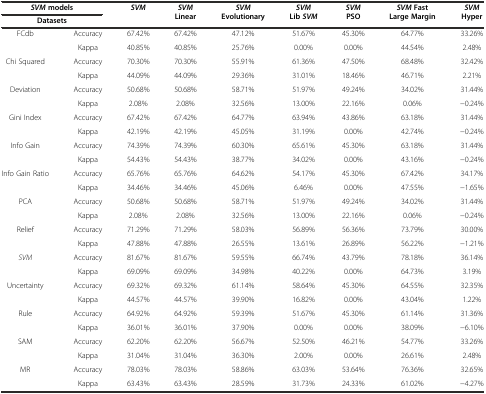
<table><thead><tr><td colspan="2"><b><i>SVM</i> models</b></td><td rowspan="2"><b><i>SVM</i></b></td><td rowspan="2"><b><i>SVM</i> Linear</b></td><td rowspan="2"><b><i>SVM</i> Evolutionary</b></td><td rowspan="2"><b><i>SVM</i> Lib <i>SVM</i></b></td><td rowspan="2"><b><i>SVM</i> PSO</b></td><td rowspan="2"><b><i>SVM</i> Fast Large Margin</b></td><td rowspan="2"><b><i>SVM</i> Hyper</b></td></tr><tr><td colspan="2"><b>Datasets</b></td></tr></thead><tbody><tr><td rowspan="2">FCdb</td><td>Accuracy</td><td>67.42%</td><td>67.42%</td><td>47.12%</td><td>51.67%</td><td>45.30%</td><td>64.77%</td><td>33.26%</td></tr><tr><td>Kappa</td><td>40.85%</td><td>40.85%</td><td>25.76%</td><td>0.00%</td><td>0.00%</td><td>44.54%</td><td>2.48%</td></tr><tr><td rowspan="2">Chi Squared</td><td>Accuracy</td><td>70.30%</td><td>70.30%</td><td>55.91%</td><td>61.36%</td><td>47.50%</td><td>68.48%</td><td>32.42%</td></tr><tr><td>Kappa</td><td>44.09%</td><td>44.09%</td><td>29.36%</td><td>31.01%</td><td>18.46%</td><td>46.71%</td><td>2.21%</td></tr><tr><td rowspan="2">Deviation</td><td>Accuracy</td><td>50.68%</td><td>50.68%</td><td>58.71%</td><td>51.97%</td><td>49.24%</td><td>34.02%</td><td>31.44%</td></tr><tr><td>Kappa</td><td>2.08%</td><td>2.08%</td><td>32.56%</td><td>13.00%</td><td>22.16%</td><td>0.06%</td><td>-0.24%</td></tr><tr><td rowspan="2">Gini Index</td><td>Accuracy</td><td>67.42%</td><td>67.42%</td><td>64.77%</td><td>63.94%</td><td>43.86%</td><td>63.18%</td><td>31.44%</td></tr><tr><td>Kappa</td><td>42.19%</td><td>42.19%</td><td>45.05%</td><td>31.19%</td><td>0.00%</td><td>42.74%</td><td>-0.24%</td></tr><tr><td rowspan="2">Info Gain</td><td>Accuracy</td><td>74.39%</td><td>74.39%</td><td>60.30%</td><td>65.61%</td><td>45.30%</td><td>63.18%</td><td>31.44%</td></tr><tr><td>Kappa</td><td>54.43%</td><td>54.43%</td><td>38.77%</td><td>34.02%</td><td>0.00%</td><td>43.16%</td><td>-0.24%</td></tr><tr><td rowspan="2">Info Gain Ratio</td><td>Accuracy</td><td>65.76%</td><td>65.76%</td><td>64.62%</td><td>54.17%</td><td>45.30%</td><td>67.42%</td><td>34.17%</td></tr><tr><td>Kappa</td><td>34.46%</td><td>34.46%</td><td>45.06%</td><td>6.46%</td><td>0.00%</td><td>47.55%</td><td>-1.65%</td></tr><tr><td rowspan="2">PCA</td><td>Accuracy</td><td>50.68%</td><td>50.68%</td><td>58.71%</td><td>51.97%</td><td>49.24%</td><td>34.02%</td><td>31.44%</td></tr><tr><td>Kappa</td><td>2.08%</td><td>2.08%</td><td>32.56%</td><td>13.00%</td><td>22.16%</td><td>0.06%</td><td>-0.24%</td></tr><tr><td rowspan="2">Relief</td><td>Accuracy</td><td>71.29%</td><td>71.29%</td><td>58.03%</td><td>56.89%</td><td>56.36%</td><td>73.79%</td><td>30.00%</td></tr><tr><td>Kappa</td><td>47.88%</td><td>47.88%</td><td>26.55%</td><td>13.61%</td><td>26.89%</td><td>56.22%</td><td>-1.21%</td></tr><tr><td rowspan="2"><i>SVM</i></td><td>Accuracy</td><td>81.67%</td><td>81.67%</td><td>59.55%</td><td>66.74%</td><td>43.79%</td><td>78.18%</td><td>36.14%</td></tr><tr><td>Kappa</td><td>69.09%</td><td>69.09%</td><td>34.98%</td><td>40.22%</td><td>0.00%</td><td>64.73%</td><td>3.19%</td></tr><tr><td rowspan="2">Uncertainty</td><td>Accuracy</td><td>69.32%</td><td>69.32%</td><td>61.14%</td><td>58.64%</td><td>45.30%</td><td>64.55%</td><td>32.35%</td></tr><tr><td>Kappa</td><td>44.57%</td><td>44.57%</td><td>39.90%</td><td>16.82%</td><td>0.00%</td><td>43.04%</td><td>1.22%</td></tr><tr><td rowspan="2">Rule</td><td>Accuracy</td><td>64.92%</td><td>64.92%</td><td>59.39%</td><td>51.67%</td><td>45.30%</td><td>61.14%</td><td>31.36%</td></tr><tr><td>Kappa</td><td>36.01%</td><td>36.01%</td><td>37.90%</td><td>0.00%</td><td>0.00%</td><td>38.09%</td><td>-6.10%</td></tr><tr><td rowspan="2">SAM</td><td>Accuracy</td><td>62.20%</td><td>62.20%</td><td>56.67%</td><td>52.50%</td><td>46.21%</td><td>54.77%</td><td>33.26%</td></tr><tr><td>Kappa</td><td>31.04%</td><td>31.04%</td><td>36.30%</td><td>2.00%</td><td>0.00%</td><td>26.61%</td><td>2.48%</td></tr><tr><td rowspan="2">MR</td><td>Accuracy</td><td>78.03%</td><td>78.03%</td><td>58.86%</td><td>63.03%</td><td>53.64%</td><td>76.36%</td><td>32.65%</td></tr><tr><td>Kappa</td><td>63.43%</td><td>63.43%</td><td>28.59%</td><td>31.73%</td><td>24.33%</td><td>61.02%</td><td>-4.27%</td></tr></tbody></table>